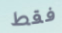
فقط